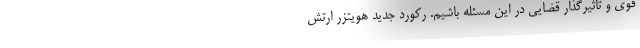
قوی و تاثیرگذار قضایی در این مسئله باشیم. رکورد جدید هویتزر ارتش